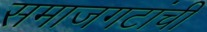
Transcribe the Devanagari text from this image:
समाजगटांची